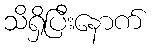
သိရှိပြီးနောက်